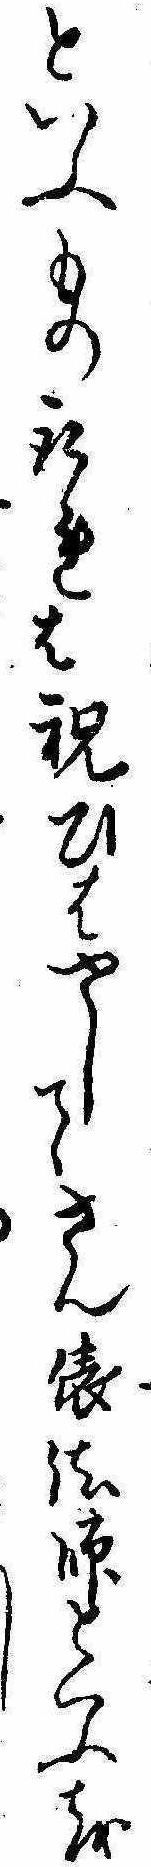
といふもの取れは祝ひはやしてさん俵法師といふをし